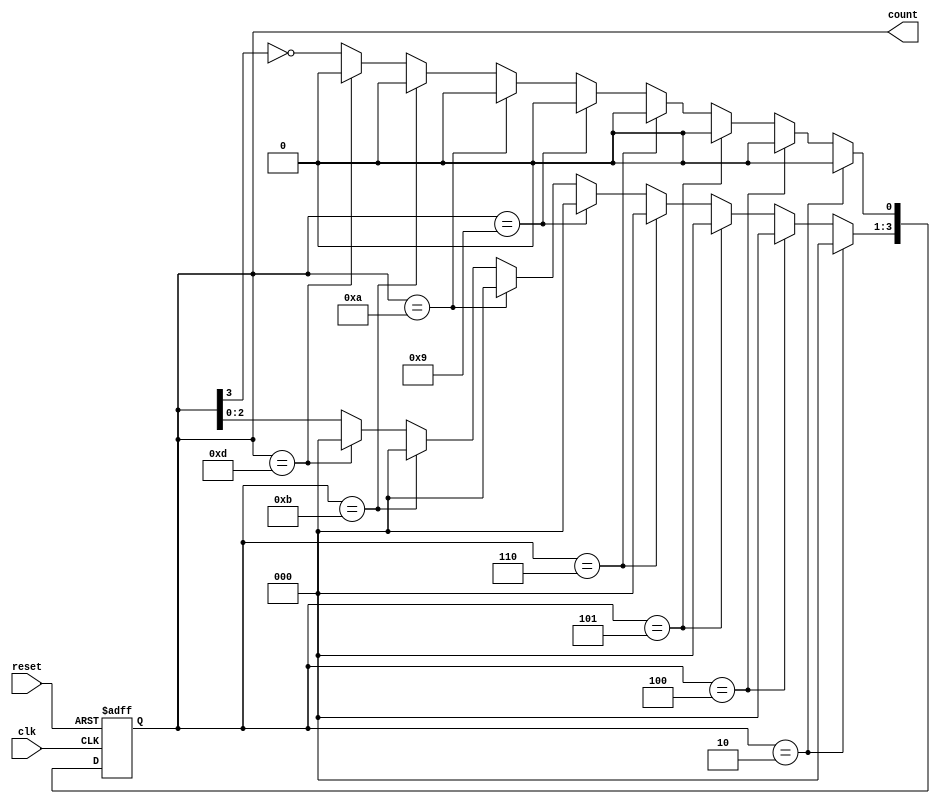
// This program was cloned from: https://github.com/FPGADude/Digital-Design
// License: GNU General Public License v3.0

`timescale 1ns / 1ps

module johnson_counter(
    input clk,
    input reset,
    output reg [3:0] count
    );
    
    always @(posedge clk or posedge reset)
        if(reset)
            count <= 4'h0;
            
        // Fault Recovery
        else if(count == 4'h2)  count   <=  4'h0;
        else if(count == 4'h4)  count   <=  4'h0;
        else if(count == 4'h5)  count   <=  4'h0;
        else if(count == 4'h6)  count   <=  4'h0;
        else if(count == 4'h9)  count   <=  4'h0;
        else if(count == 4'ha)  count   <=  4'h0;
        else if(count == 4'hb)  count   <=  4'h0;
        else if(count == 4'hd)  count   <=  4'h0;
        
        // Johnson/Shift Counter Operation
        else begin
            count[3:1]  <=  count[2:0];
            count[0]    <=  ~count[3];
        end
    
endmodule